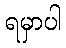
ရမှာပါ